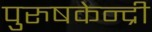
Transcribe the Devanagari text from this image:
पुरुषकेन्द्री